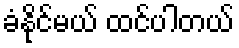
ခံနိုင်မယ် ထင်ပါတယ်